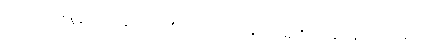
အဘယ်အစအစွန်းသည်။ နပညာယတိ၊ မထင်ရှားပါသနည်း။ ဣတိ၊ ဤသို့လျှောက်လတ်သော်။